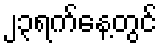
၂၃ရက်နေ့တွင်